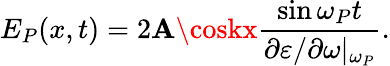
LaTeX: E_{P}(x,t)=2\mathbf{A}\coskx\frac{{\sin\omega_{P}t}}{{\partial\varepsilon/\partial\omega|_{\omega_{P}}}}.